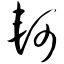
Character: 轲